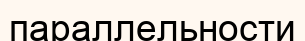
параллельности